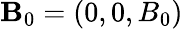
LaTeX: \mathbf{B}_{0}=(0,0,B_{0})